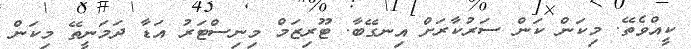
ކީއްވެތޭ. މިކަން ކަން ސަރުކާރަށް އިނގޭބާ. ޓޫރިޒަމް މިނިސްޓަރު އަޑާ ދަމަނީތޭ މިކަން